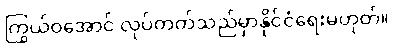
ကြွယ်ဝအောင် လုပ်တတ်သည်မှာနိုင်ငံရေးမဟုတ်။